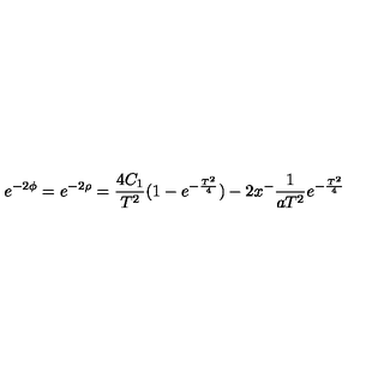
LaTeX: e ^ { - 2 \phi } = e ^ { - 2 \rho } = \frac { 4 C _ { 1 } } { T ^ { 2 } } ( 1 - e ^ { - \frac { T ^ { 2 } } { 4 } } ) - 2 x ^ { - } \frac { 1 } { a T ^ { 2 } } e ^ { - \frac { T ^ { 2 } } { 4 } }